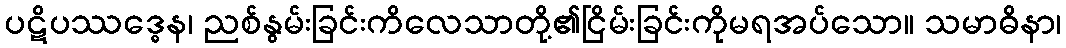
ပဋိပဿဒ္ဓေန၊ ညစ်နွမ်းခြင်းကိလေသာတို့၏ငြိမ်းခြင်းကိုမရအပ်သော။ သမာဓိနာ၊